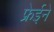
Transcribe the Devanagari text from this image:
फ्रेईने